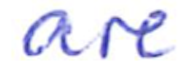
Text: are
Cross-out: clean
Writing tool: ballpoint